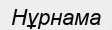
Нұрнама